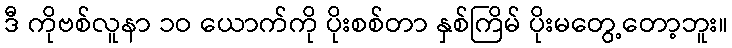
ဒီ ကိုဗစ်လူနာ ၁ဝ ယောက်ကို ပိုးစစ်တာ နှစ်ကြိမ် ပိုးမတွေ့တော့ဘူး။